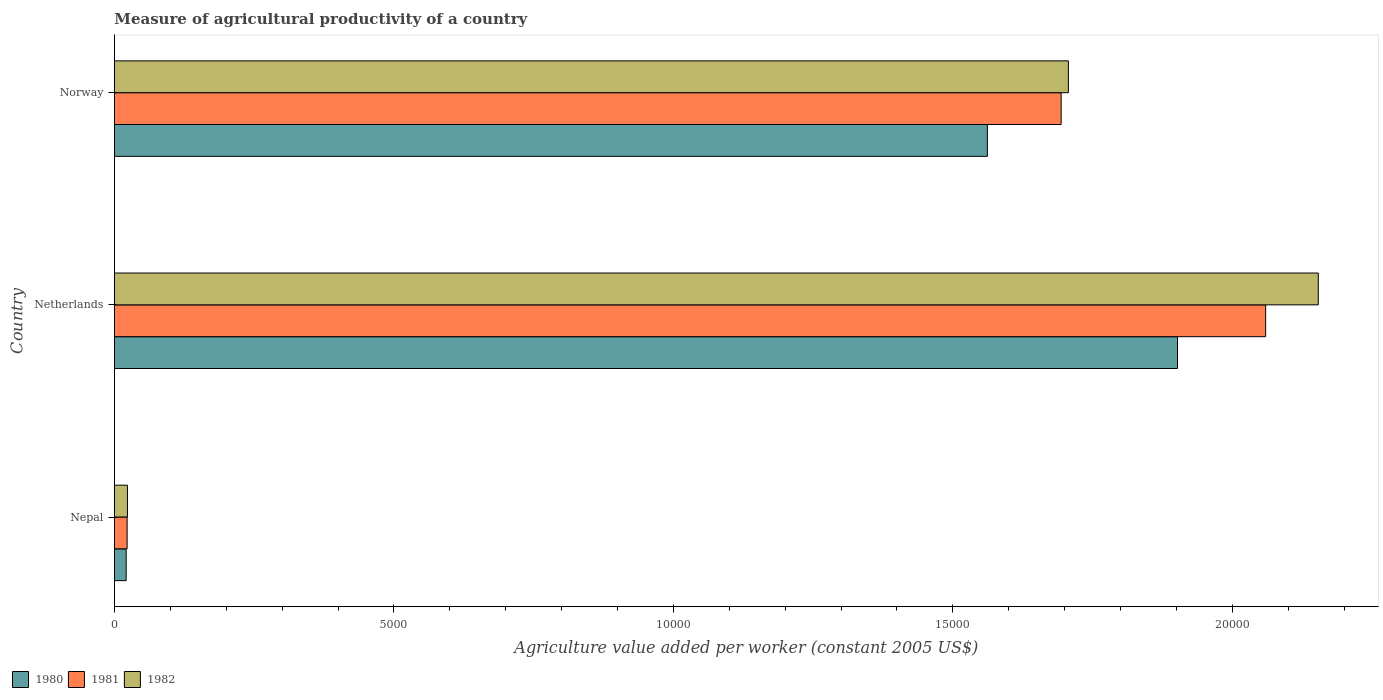
| Country | 1980 | 1981 | 1982 |
 | --- | --- | --- | --- |
 | Nepal | 210 | 227 | 233 |
 | Netherlands | 1.9e+04 | 2.06e+04 | 2.15e+04 |
 | Norway | 1.56e+04 | 1.69e+04 | 1.71e+04 |